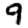
Digit: 9